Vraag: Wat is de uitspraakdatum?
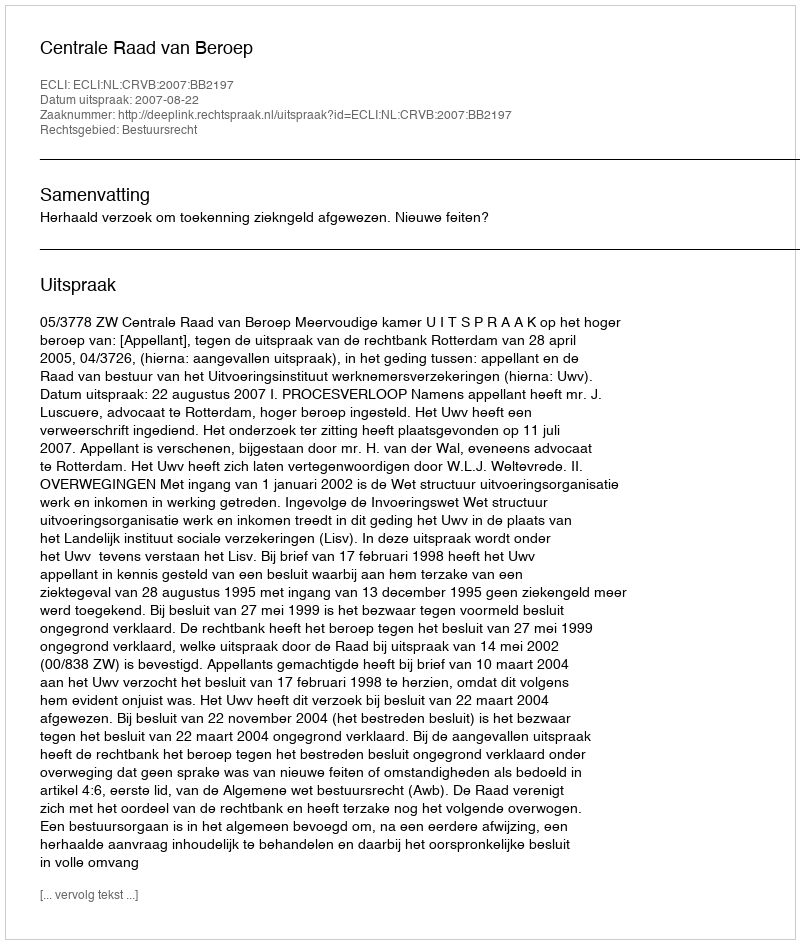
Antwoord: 2007-08-22